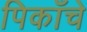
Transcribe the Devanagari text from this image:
पिकाँचे